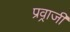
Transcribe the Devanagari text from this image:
प्रव्राजी